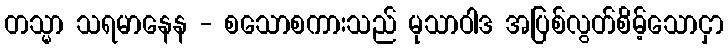
တသ္မာ သရမာနေန - စသောစကားသည် မုသာဝါဒ အပြစ်လွတ်စိမ့်သောငှာ